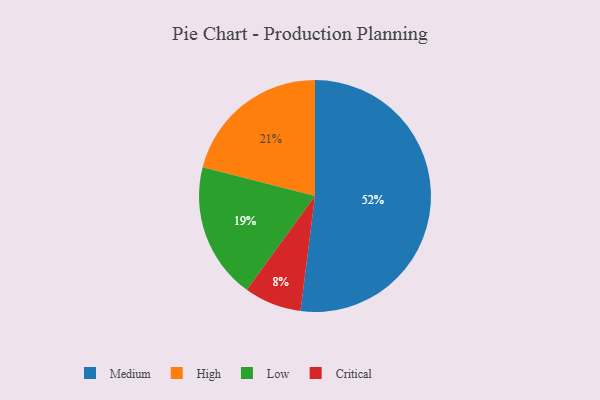
{"axis": {"x": "Category", "y": "Percentage"}, "legend": ["Critical", "High", "Low", "Medium"], "data": [{"x": "Critical", "y": 8, "type": "Critical"}, {"x": "High", "y": 21, "type": "High"}, {"x": "Medium", "y": 52, "type": "Medium"}, {"x": "Low", "y": 19, "type": "Low"}]}